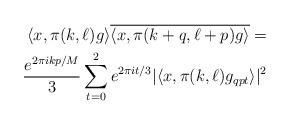
LaTeX: \begin{align*} \langle x, \pi(k,\ell)g \rangle \overline{\langle x, \pi(k+q, \ell + p)g \rangle} = \\ \frac{e^{2\pi i k p/M}}{3}\sum_{t = 0}^{2} e^{2\pi i t/3} \vert \langle x, \pi(k, \ell)g_{qpt}\rangle \vert^2\end{align*}